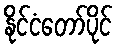
နိုင်ငံတော်ပိုင်